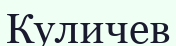
Куличев